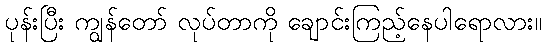
ပုန်းပြီး ကျွန်တော် လုပ်တာကို ချောင်းကြည့်နေပါရောလား။